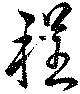
程